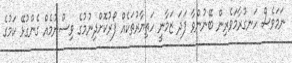
ނަމަވެސް ހަނގުރާމަވެރިން ބޭނުންވާ ފަދަ ޒަމާނީ ހަތިޔާރުތަކެއް ފޯރުކޮށްދިނުމުގެ ވިސްނުމެއް ގެންގުޅޭ ކަމުގެ